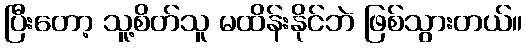
ပြီးတော့ သူ့စိတ်သူ မထိန်းနိုင်ဘဲ ဖြစ်သွားတယ်။